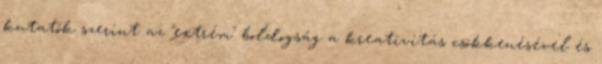
kutatók szerint az "extrém" boldogság a kreativitás csökkenésével és